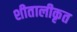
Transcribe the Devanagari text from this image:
शीतालीकृत